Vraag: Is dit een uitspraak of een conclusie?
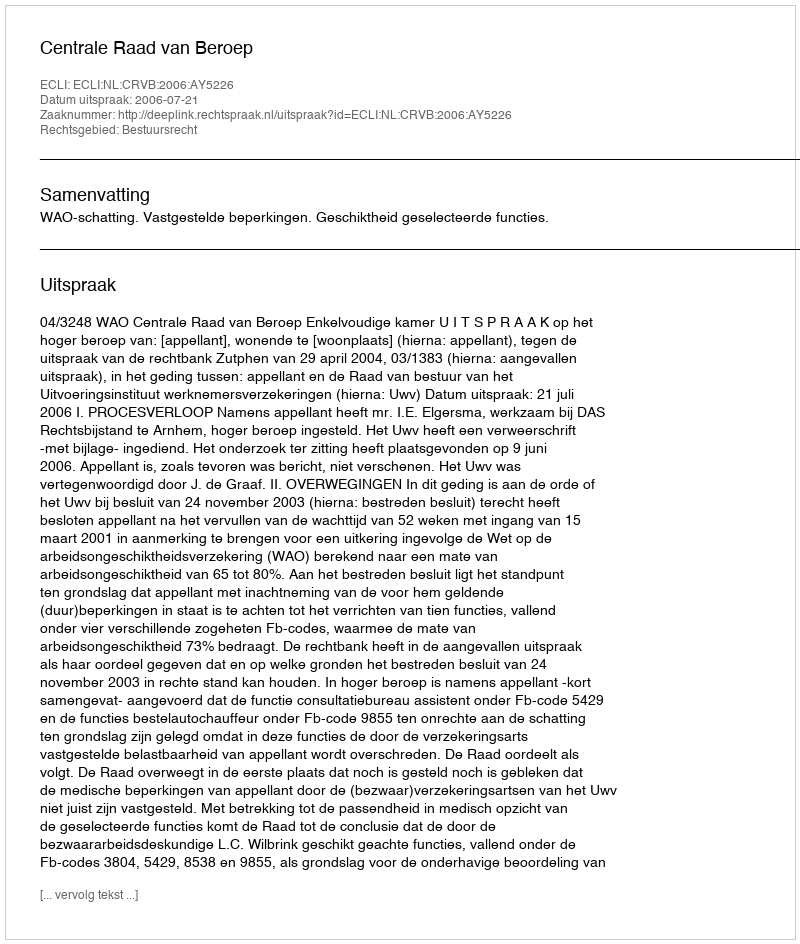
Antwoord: Uitspraak